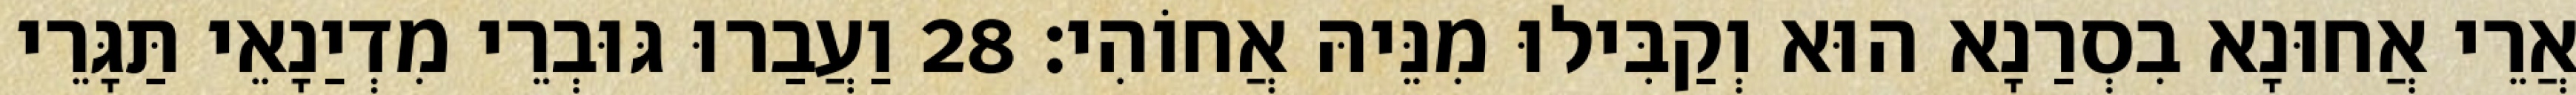
אֲרֵי אֲחוּנָא בִסְרַנָא הוּא וְקַבִּילוּ מִנֵּיהּ אֲחוֹהִי׃ 28 וַעֲבַרוּ גּוּבְרֵי מִדְיַנָאֵי תַּגָּרֵי